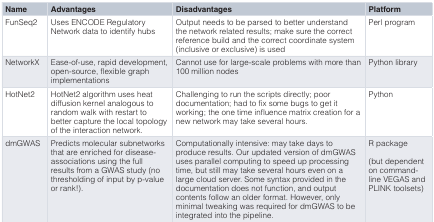
| Name | Advantages | Disadvantages | Platform |
 | --- | --- | --- | --- |
 | FunSeq2 | Uses ENCODE RegulatoryNetwork data to identify hubs | Output needs to be parsed to better understandthe network related results; make sure the correctreference build and the correct coordinate system(inclusive or exclusive) is used | Perl program |
 | NetworkX | Ease-of-use, rapid development,open-source, flexible graphimplementations | Cannot use for large-scale problems with more than100 million nodes | Python library |
 | HotNet2 | HotNet2 algorithm uses heatdiffusion kernel analogous torandom walk with restart tobetter capture the local topologyof the interaction network. | Challenging to run the scripts directly; poordocumentation; had to fix some bugs to get itworking; the one time influence matrix creation for anew network may take several hours. | Python |
 | dmGWAS | Predicts molecular subnetworksthat are enriched for disease-associations using the fullresults from a GWAS study (nothresholding of input by p-valueor rank!). | Computationally intensive: may take days toproduce results. Our updated version of dmGWASuses parallel computing to speed up processingtime, but still may take several hours even on alarge cloud server. Some syntax provided in thedocumentation does not function, and outputcontents follow an older format. However, onlyminimal tweaking was required for dmGWAS to beintegrated into the pipeline. | R package(but dependenton command-line VEGAS andPLINK toolsets) |